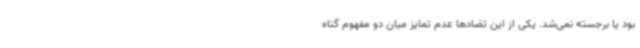
بود یا برجسته نمی‌شد. یکی از این تضادها عدم تمایز میان دو مفهوم گناه